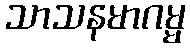
သာသနမာဂမ္မ